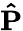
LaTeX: \mathbf{\hat{P}}